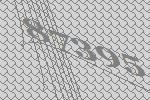
87395